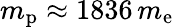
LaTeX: m_{\mathrm{p}}\approx 1836\, m_{\mathrm{e}}